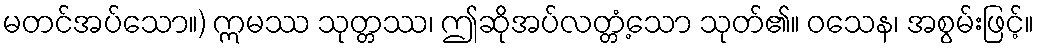
မတင်အပ်သော။) ဣမဿ သုတ္တဿ၊ ဤဆိုအပ်လတ္တံ့သော သုတ်၏။ ဝသေန၊ အစွမ်းဖြင့်။